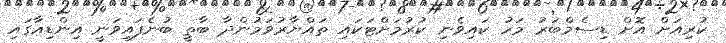
ކުރިއަށް އޮށް ޑިސެމްބަރު މަހު ކައިވެނި ކުރުމަށްޓަކައި ތައްޔާރުވަމުންދާ ބާތީ ބުނެފައިވަނީ އިންޑިއާގައި